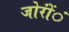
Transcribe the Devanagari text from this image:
जोरोंंं